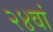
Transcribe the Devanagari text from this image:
२४वां